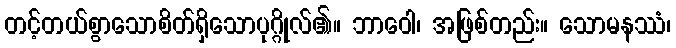
တင့်တယ်စွာသောစိတ်ရှိသောပုဂ္ဂိုလ်၏။ ဘာဝေါ၊ အဖြစ်တည်း။ သောမနဿံ၊